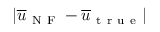
\lvert \overline { { u } } _ { \mathrm { ~ N ~ F ~ } } - \overline { { u } } _ { \mathrm { ~ t ~ r ~ u ~ e ~ } } \rvert